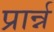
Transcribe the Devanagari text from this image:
प्रार्न्न